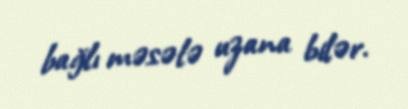
bağlı məsələ uzana bilər.